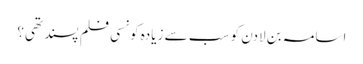
اسامہ بن لادن کو سب سے زیادہ کونسی فلم پسند تھی؟